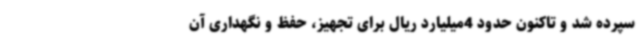
سپرده شد و تاکنون حدود 4میلیارد ریال برای تجهیز، حفظ و نگهداری آن